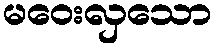
မဝေးလှသော